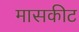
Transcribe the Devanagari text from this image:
मासकीट